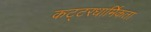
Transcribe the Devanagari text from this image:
कट्टरधार्मिकता